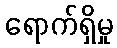
ရောက်ရှိမှု